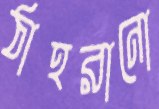
ঠাহরানো